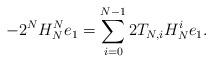
LaTeX: \begin{align*} -2^N H_N^N e_1 = \sum\limits_{i=0}^{N-1} 2T_{N,i} H_N^i e_1.\end{align*}